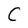
Character: C